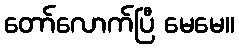
တော်လောက်ပြီ မေမေ။